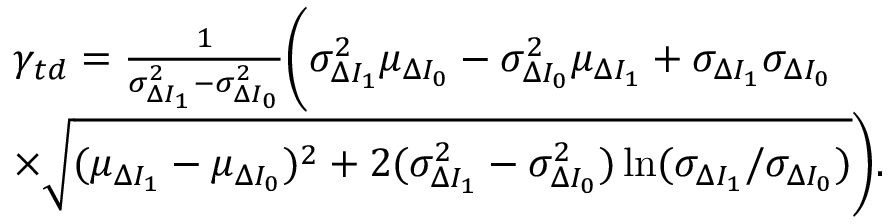
\begin{array} { r l } & { \gamma _ { t d } = \frac { 1 } { \sigma _ { \Delta I _ { 1 } } ^ { 2 } - \sigma _ { \Delta I _ { 0 } } ^ { 2 } } \bigg ( \sigma _ { \Delta I _ { 1 } } ^ { 2 } \mu _ { \Delta I _ { 0 } } - \sigma _ { \Delta I _ { 0 } } ^ { 2 } \mu _ { \Delta I _ { 1 } } + \sigma _ { \Delta I _ { 1 } } \sigma _ { \Delta I _ { 0 } } } \\ & { \times \sqrt { ( \mu _ { \Delta I _ { 1 } } - \mu _ { \Delta I _ { 0 } } ) ^ { 2 } + 2 ( \sigma _ { \Delta I _ { 1 } } ^ { 2 } - \sigma _ { \Delta I _ { 0 } } ^ { 2 } ) \ln ( \sigma _ { \Delta I _ { 1 } } / \sigma _ { \Delta I _ { 0 } } ) } \bigg ) . } \end{array}